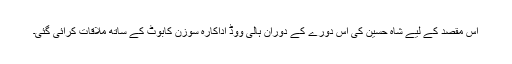
اس مقصد کے لیے شاہ حسین کی اِس دورے کے دوران ہالی ووڈ اداکارہ سوزن کابوٹ کے ساتھ ملاقات کرائی گئی۔